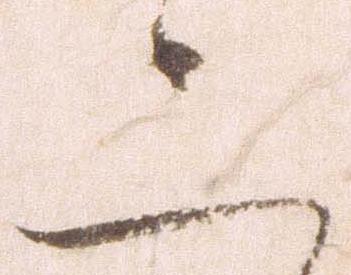
二